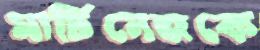
মার্টিনেজকে